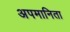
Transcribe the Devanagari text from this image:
अपमानिता